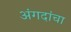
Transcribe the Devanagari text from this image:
अंगदांचा